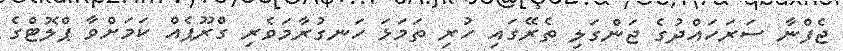
ޖެފްނާ ސަރަހައްދުގެ ޖަންގަލި ތެރޭގައި ހުރި ތަމަޅަ ހަނގުރާމަވެރި ގްރޫޕެއް ކަމަށްވާ ޕްލޮޓްގެ